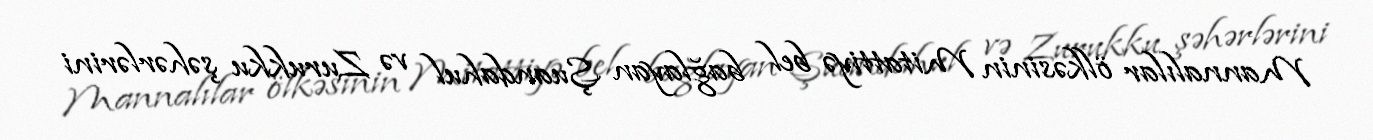
Mannalılar ölkəsinin Mitattiyə bel bağlayan Şuandahul və Zurukku şəhərlərini